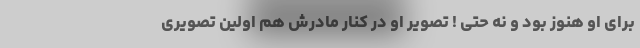
برای او هنوز بود و نه حتی ! تصویر او در کنار مادرش هم اولین تصویری